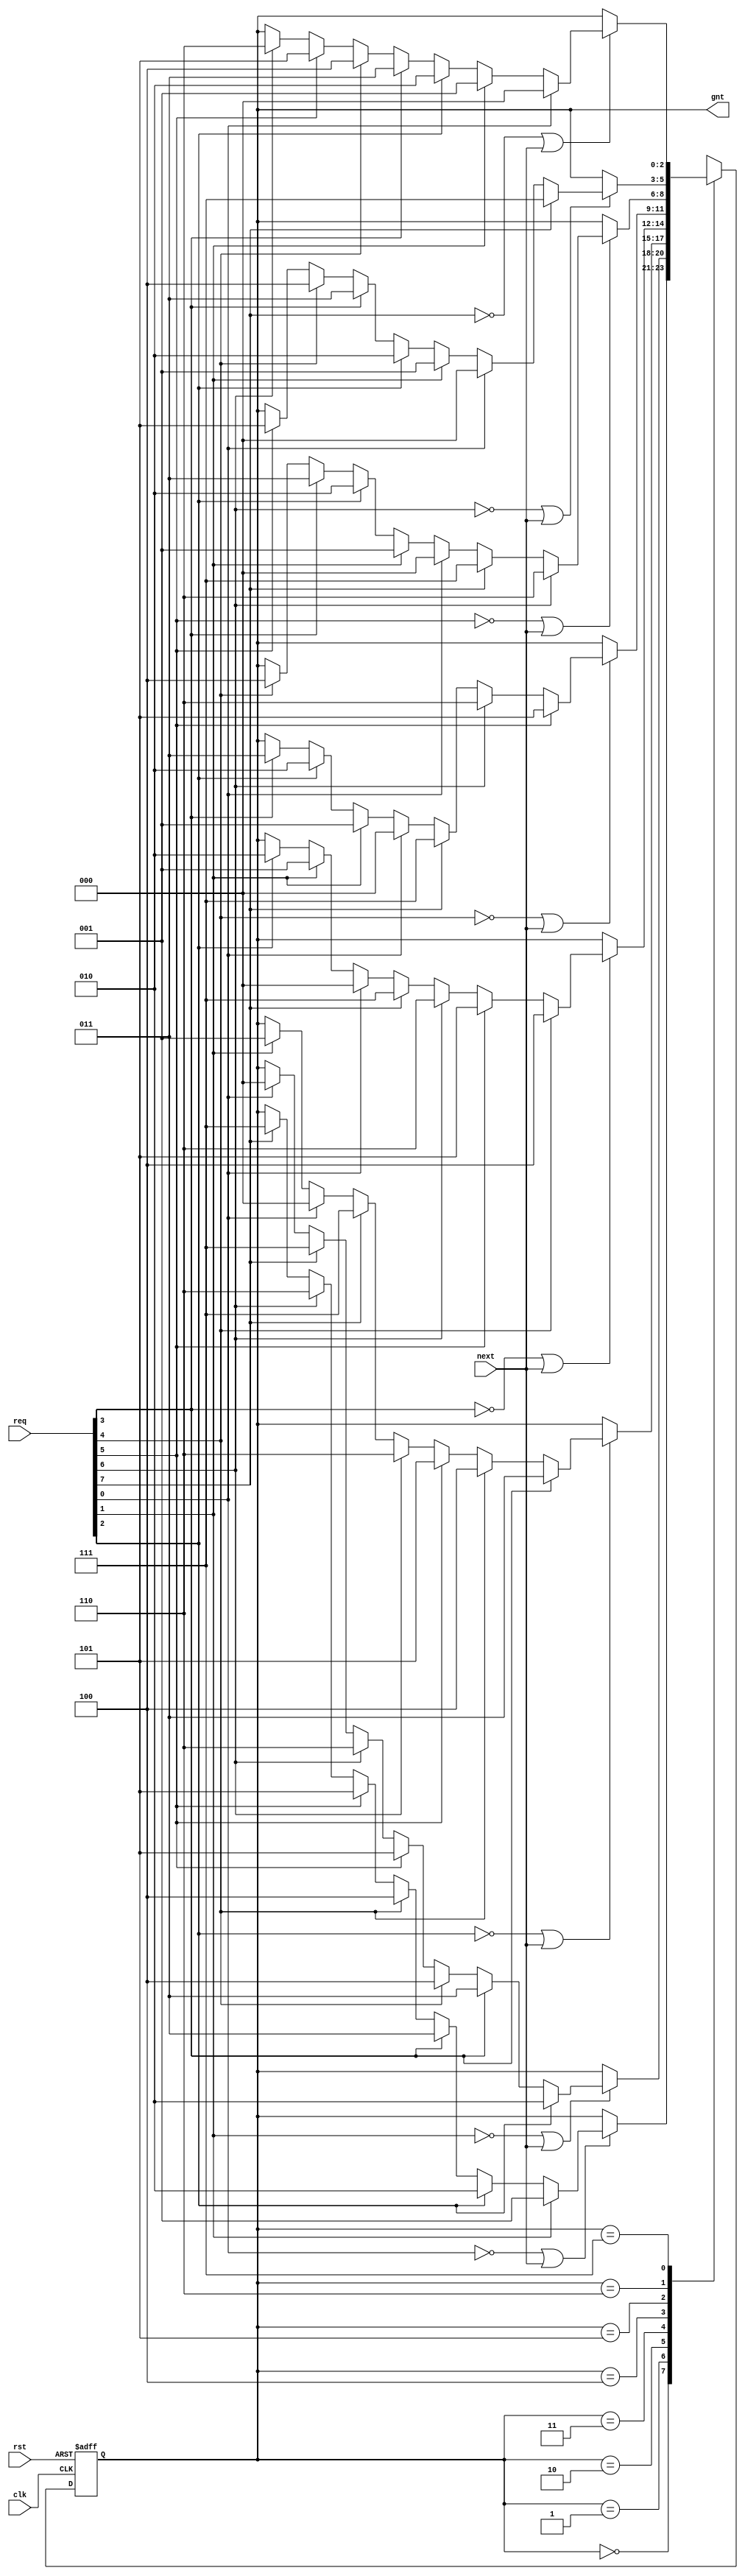
module wb_conmax_arb(clk, rst, req, gnt, next);

input		clk;
input		rst;
input	[7:0]	req;		// Req input
output	[2:0]	gnt; 		// Grant output
input		next;		// Next Target

///////////////////////////////////////////////////////////////////////
//
// Parameters
//

parameter	[2:0]
                grant0 = 3'h0,
                grant1 = 3'h1,
                grant2 = 3'h2,
                grant3 = 3'h3,
                grant4 = 3'h4,
                grant5 = 3'h5,
                grant6 = 3'h6,
                grant7 = 3'h7;

///////////////////////////////////////////////////////////////////////
//
// Local Registers and Wires
//

reg [2:0]	state, next_state;

///////////////////////////////////////////////////////////////////////
//
//  Misc Logic 
//

assign	gnt = state;

always@(posedge clk or posedge rst)
	if(rst)		state <= #1 grant0;
	else		state <= #1 next_state;

///////////////////////////////////////////////////////////////////////
//
// Next State Logic
//   - implements round robin arbitration algorithm
//   - switches grant if current req is dropped or next is asserted
//   - parks at last grant
//

always@(state or req or next)
   begin
	next_state = state;	// Default Keep State
	case(state)		// synopsys parallel_case full_case
 	   grant0:
		// if this req is dropped or next is asserted, check for other req's
		if(!req[0] | next)
		   begin
			if(req[1])	next_state = grant1;
			else
			if(req[2])	next_state = grant2;
			else
			if(req[3])	next_state = grant3;
			else
			if(req[4])	next_state = grant4;
			else
			if(req[5])	next_state = grant5;
			else
			if(req[6])	next_state = grant6;
			else
			if(req[7])	next_state = grant7;
		   end
 	   grant1:
		// if this req is dropped or next is asserted, check for other req's
		if(!req[1] | next)
		   begin
			if(req[2])	next_state = grant2;
			else
			if(req[3])	next_state = grant3;
			else
			if(req[4])	next_state = grant4;
			else
			if(req[5])	next_state = grant5;
			else
			if(req[6])	next_state = grant6;
			else
			if(req[7])	next_state = grant7;
			else
			if(req[0])	next_state = grant0;
		   end
 	   grant2:
		// if this req is dropped or next is asserted, check for other req's
		if(!req[2] | next)
		   begin
			if(req[3])	next_state = grant3;
			else
			if(req[4])	next_state = grant4;
			else
			if(req[5])	next_state = grant5;
			else
			if(req[6])	next_state = grant6;
			else
			if(req[7])	next_state = grant7;
			else
			if(req[0])	next_state = grant0;
			else
			if(req[1])	next_state = grant1;
		   end
 	   grant3:
		// if this req is dropped or next is asserted, check for other req's
		if(!req[3] | next)
		   begin
			if(req[4])	next_state = grant4;
			else
			if(req[5])	next_state = grant5;
			else
			if(req[6])	next_state = grant6;
			else
			if(req[7])	next_state = grant7;
			else
			if(req[0])	next_state = grant0;
			else
			if(req[1])	next_state = grant1;
			else
			if(req[2])	next_state = grant2;
		   end
 	   grant4:
		// if this req is dropped or next is asserted, check for other req's
		if(!req[4] | next)
		   begin
			if(req[5])	next_state = grant5;
			else
			if(req[6])	next_state = grant6;
			else
			if(req[7])	next_state = grant7;
			else
			if(req[0])	next_state = grant0;
			else
			if(req[1])	next_state = grant1;
			else
			if(req[2])	next_state = grant2;
			else
			if(req[3])	next_state = grant3;
		   end
 	   grant5:
		// if this req is dropped or next is asserted, check for other req's
		if(!req[5] | next)
		   begin
			if(req[6])	next_state = grant6;
			else
			if(req[7])	next_state = grant7;
			else
			if(req[0])	next_state = grant0;
			else
			if(req[1])	next_state = grant1;
			else
			if(req[2])	next_state = grant2;
			else
			if(req[3])	next_state = grant3;
			else
			if(req[4])	next_state = grant4;
		   end
 	   grant6:
		// if this req is dropped or next is asserted, check for other req's
		if(!req[6] | next)
		   begin
			if(req[7])	next_state = grant7;
			else
			if(req[0])	next_state = grant0;
			else
			if(req[1])	next_state = grant1;
			else
			if(req[2])	next_state = grant2;
			else
			if(req[3])	next_state = grant3;
			else
			if(req[4])	next_state = grant4;
			else
			if(req[5])	next_state = grant5;
		   end
 	   grant7:
		// if this req is dropped or next is asserted, check for other req's
		if(!req[7] | next)
		   begin
			if(req[0])	next_state = grant0;
			else
			if(req[1])	next_state = grant1;
			else
			if(req[2])	next_state = grant2;
			else
			if(req[3])	next_state = grant3;
			else
			if(req[4])	next_state = grant4;
			else
			if(req[5])	next_state = grant5;
			else
			if(req[6])	next_state = grant6;
		   end
	endcase
   end

endmodule